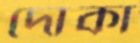
দোকা